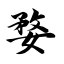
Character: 婺